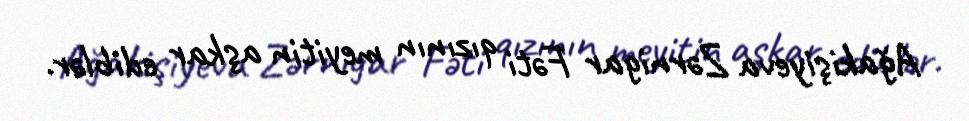
Ağakişiyeva Zərnigar Fəti qızının meyitin aşkar ediblər.